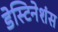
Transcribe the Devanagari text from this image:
डेस्टिनेशंस